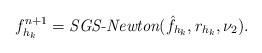
LaTeX: \begin{align*} f_{h_k}^{n+1} = \emph{SGS-Newton}(\hat{f}_{h_k}, r_{h_k}, \nu_2). \end{align*}